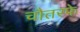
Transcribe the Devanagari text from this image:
चौतरफे